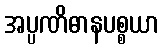
အပ္ပဏိဓာနပစ္စယာ